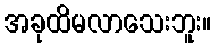
အခုထိမလာသေးဘူး။